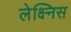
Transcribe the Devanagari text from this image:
लेक्ष्निस